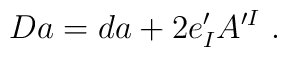
D a = d a + 2 e'_I A^{\prime I}\ .